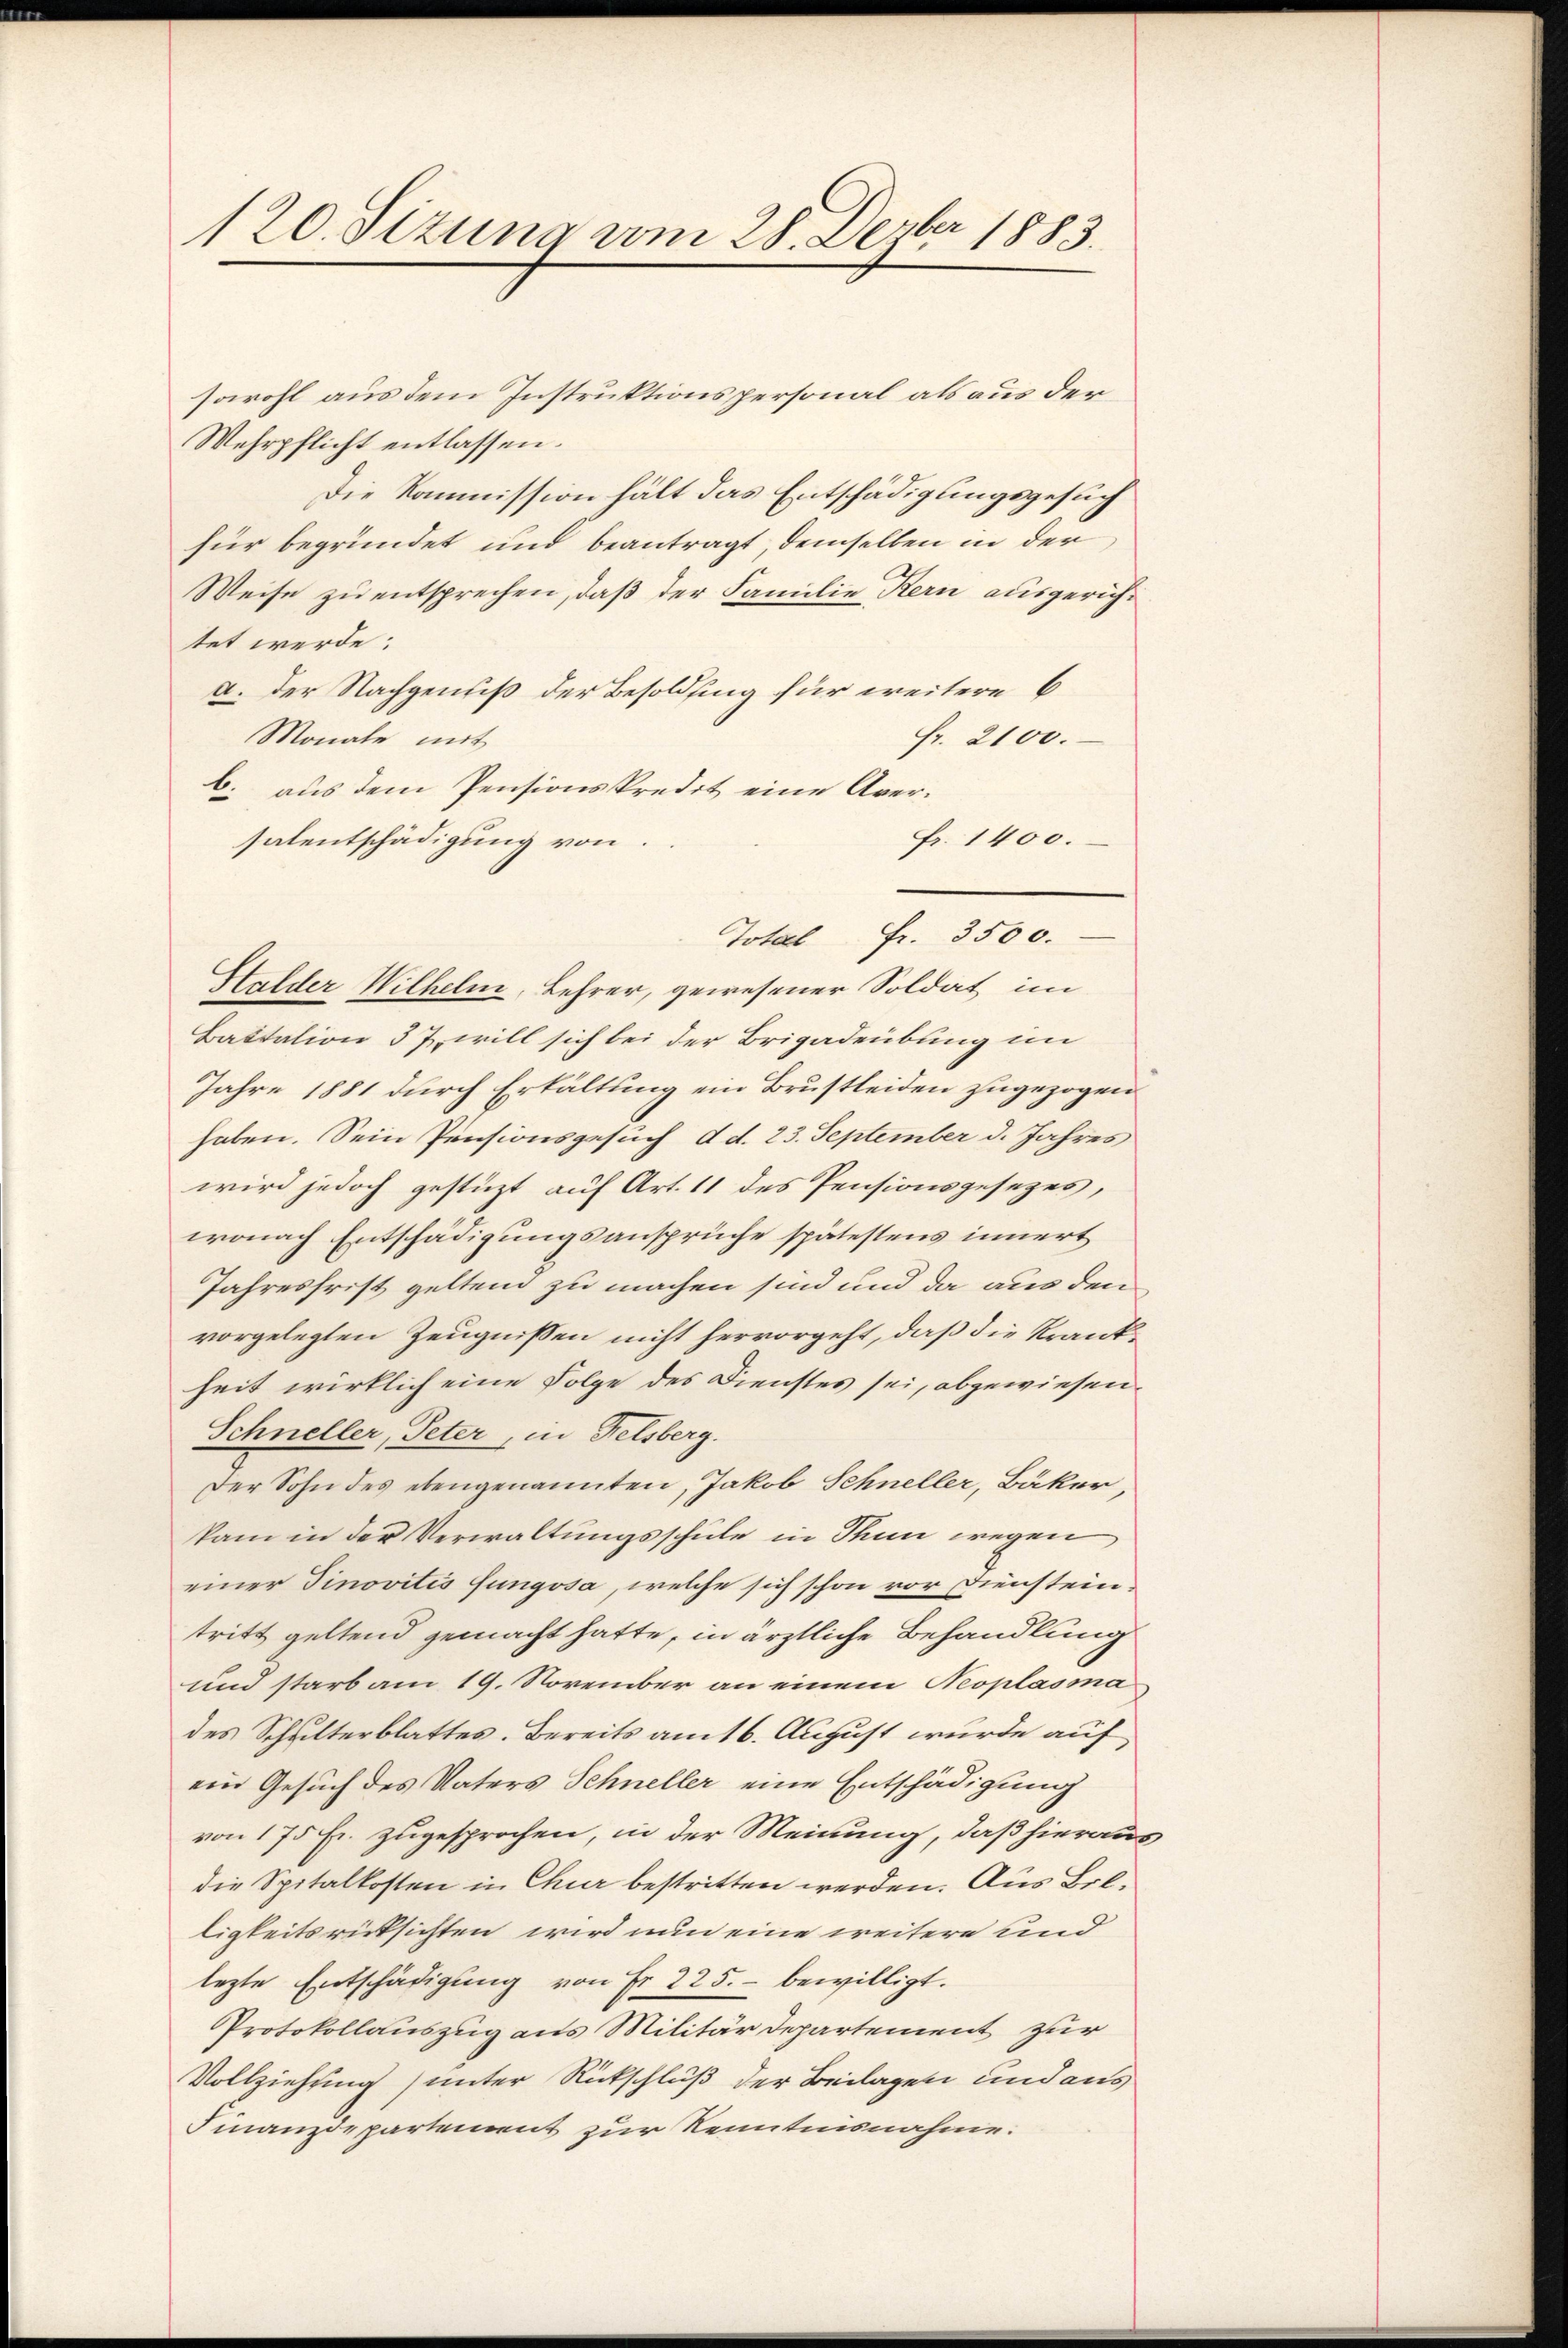
120. Sizung vom 28. Dezbr 1883.

sowohl aus dem Instruktionspersonal als aus der
Wehrpflicht entlassen.
Die Kommission hält das Entschädigungsgesuch
für begründet und beantragt, demselben in der
Weise zu entsprechen, daß der Familie Kern ausgerichtet werde:
a. der Nachgenuß der Besoldung für weitere 6
Monate mit
Fr. 2100.
b. aus dem Pensionskredit eine Aver¬
Fr. 1400.
salentschädigung von
Halder Wilhelm, Lehrer, gewesener Soldat im
Battation 37, will sich bei der Brigadeübung im
Jahre 1881 durch Erkältung ein Brustleiden zugezogen
haben. Sein Pensionsgesuch d. d. 23. September d. Jahres
wird jedoch gestüzt auf Art. 11 des Pensionsgesetzes,
wonach Entschädigungsansprüche spätestens innert
Jahresfrist geltend zu machen sind und da aus den
vorgelegten Zeugnissen nicht hervorgeht, daß die Krankheit wirklich eine Folge des Dienstes sei, abgewiesen.
Schneller, Peter, in Felsberg.
Der Sohn des ebengenannten, Jakob Schneller, Bäker,
kam in der Verwaltungsschule in Thun wegen
einer Tinovitis Jungosa, welche sich schon vor Diensteintritt geltend gemacht hatte, in ärztliche Behandlung
und starb am 19. November an einem Neoplasma
des Schulterblattes. Bereits am 16. August wurde auf
ein Gesuch des Vaters Schneller eine Entschädigung
von 175 Fr. zugesprochen, in der Meinung, daß hieraus
die Spitalkosten in Chur bestritten werden. Aus Brk.
ligkeitsrücksichten wird nun eine weitere und
lezte Entschädigung von Fr. 225. bewilligt.
Protokollauszug aus Militärdepartement zur
Vollziehung) unter Rückschluß der Beilagen und aus
Finanzdepartement zur Kenntnisnahme.

Total Fr. 3500.